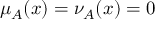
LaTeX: \mu _ { A } ( x ) = \nu _ { A } ( x ) = 0